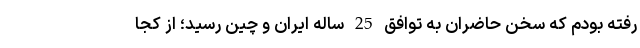
رفته بودم که سخن حاضران به توافق 25 ساله ایران و چین رسید؛ از کجا